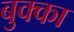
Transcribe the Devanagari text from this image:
बुक्‍का